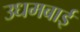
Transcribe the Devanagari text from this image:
उधमबाई